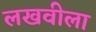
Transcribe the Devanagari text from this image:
लखवीला